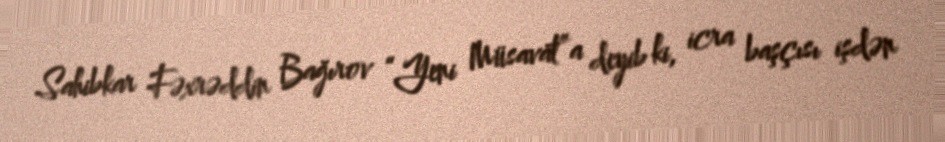
Sahibkar Fəxrəddin Bağırov “Yeni Müsavat”a deyib ki, icra başçısı işdən